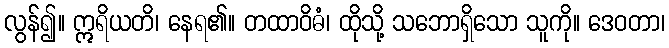
လွန်၍။ ဣရိယတိ၊ နေရ၏။ တထာဝိဓံ၊ ထိုသို့ သဘောရှိသော သူကို။ ဒေဝတာ၊